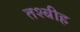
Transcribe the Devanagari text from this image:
तश्बीह